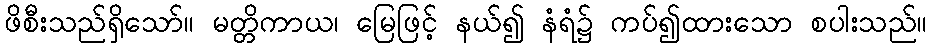
ဖိစီးသည်ရှိသော်။ မတ္တိကာယ၊ မြေဖြင့် နယ်၍ နံရံ၌ ကပ်၍ထားသော စပါးသည်။